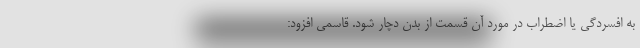
به افسردگی یا اضطراب در مورد آن قسمت از بدن دچار شود. قاسمی افزود: